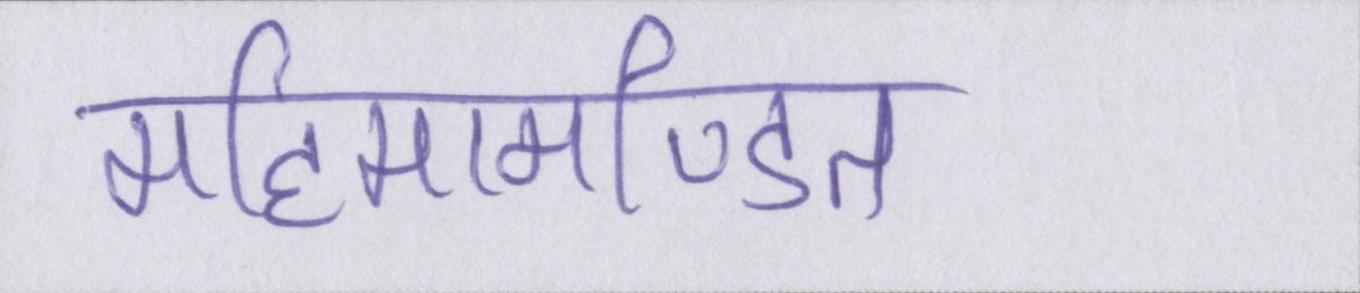
महिमामण्डित